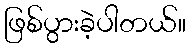
ဖြစ်ပွားခဲ့ပါတယ်။